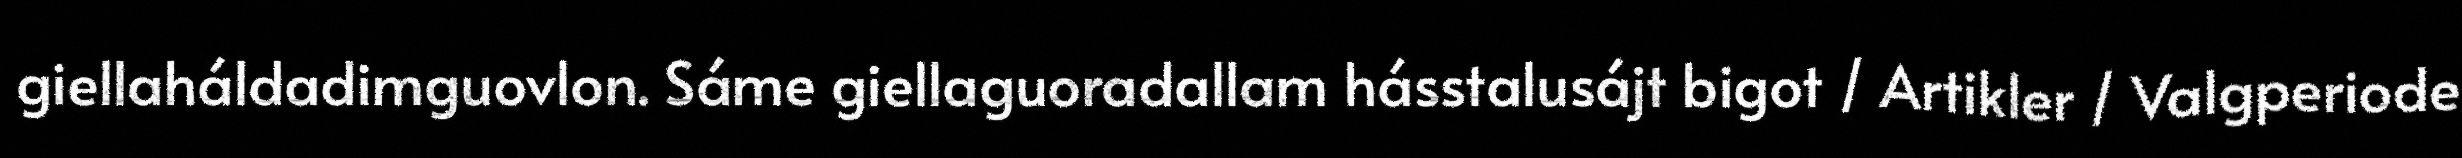
giellaháldadimguovlon. Sáme giellaguoradallam hásstalusájt bigot / Artikler / Valgperiode